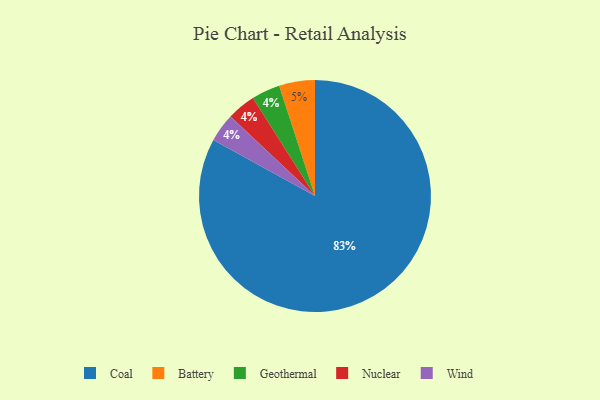
{"axis": {"x": "Category", "y": "Percentage"}, "legend": ["Battery", "Coal", "Geothermal", "Nuclear", "Wind"], "data": [{"x": "Geothermal", "y": 4, "type": "Geothermal"}, {"x": "Nuclear", "y": 4, "type": "Nuclear"}, {"x": "Battery", "y": 5, "type": "Battery"}, {"x": "Wind", "y": 4, "type": "Wind"}, {"x": "Coal", "y": 83, "type": "Coal"}]}